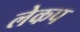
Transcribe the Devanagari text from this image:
लेकप